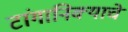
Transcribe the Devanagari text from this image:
टांगानिक्याचे